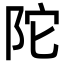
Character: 陀